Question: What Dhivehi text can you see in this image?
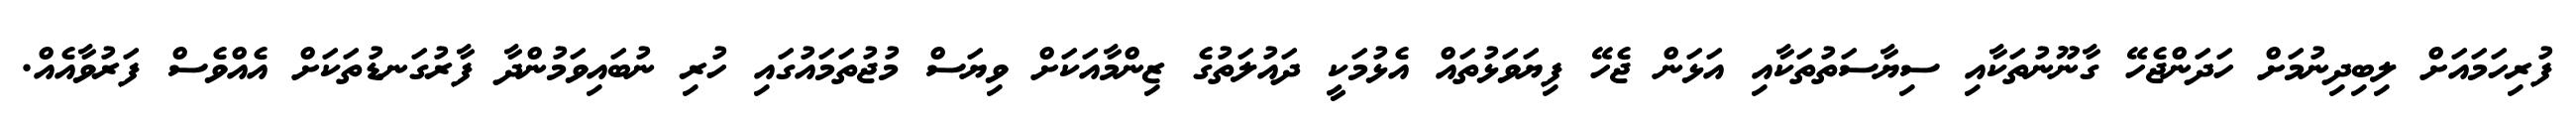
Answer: ފުރިހަމައަށް ލިބިދިނުމަށް ހަދަންޖެހޭ ގާނޫނުތަކާއި ސިޔާސަތުތަކާއި އަޅަން ޖެހޭ ފިޔަވަޅުތައް އެޅުމަކީ ދައުލަތުގެ ޒިންމާއަކަށް ވިޔަސް މުޖުތަމައުގައި ހުރި ނުބައިވަމުންދާ ފާރުގަނޑުތަކަށް އެއްވެސް ފަރުވާއެއް.